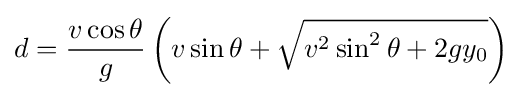
d={\frac {v\cos \theta }{g}}\left(v\sin \theta +{\sqrt {v^{2}\sin ^{2}\theta +2gy_{0}}}\right)